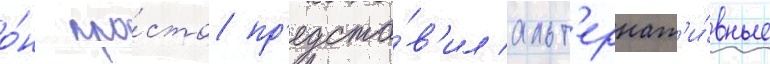
о́н про́сто пр'едста́в'ил альт'ернат'и́вные